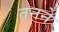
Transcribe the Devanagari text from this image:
तनने